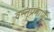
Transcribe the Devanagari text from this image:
वस्तूंप्रमाणे